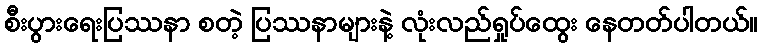
စီးပွားရေးပြဿနာ စတဲ့ ပြဿနာများနဲ့ လုံးလည်ရှုပ်ထွေး နေတတ်ပါတယ်။